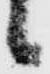
候